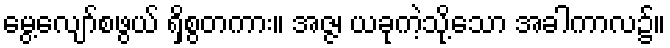
မွေ့လျော်စဖွယ် ရှိစွတကား။ အဇ္ဇ၊ ယခုကဲ့သို့သော အခါကာလ၌။